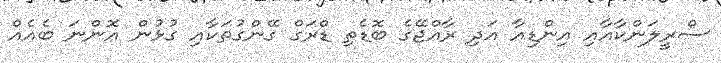
ސްރީލަންކާއާއި އިންޑިއާ އަދި ރާއްޖޭގެ ބޮޑެތި ޑްރަގް ގޭންގުތަކާއި ގުޅުން އޮންނަ ބެއެއް